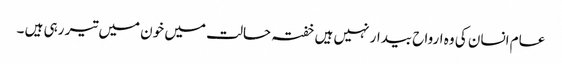
عام انسان کی وہ ارواح بیدار نہیں ہیں خفتہ حالت میں خون میں تیر رہی ہیں ۔